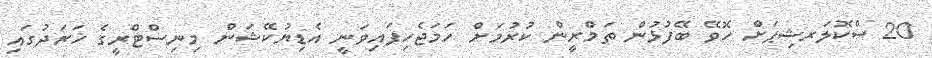
20 ސްކޮލަރޝިޕަށް ހޮވޭ ބޭފުޅުން ތަމްރީން ކުރުމަށް ހަމަޖެހިފައިވަނީ އެޑިޔުކޭޝަން މިނިސްޓްރީގެ ޚަރަދުގައި